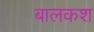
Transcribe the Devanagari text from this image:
बालकश